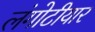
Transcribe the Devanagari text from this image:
लंगोटीयार